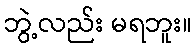
ဘွဲ့လည်း မရဘူး။